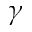
\gamma